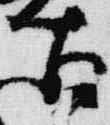
古